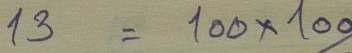
13 = 100 x 100